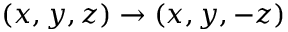
\left( { x , y , z } \right) \to \left( { x , y , - z } \right)